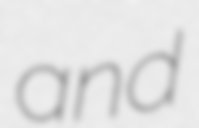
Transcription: and